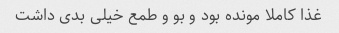
غذا کاملا مونده بود و بو‌ و طمع خیلی بدی داشت